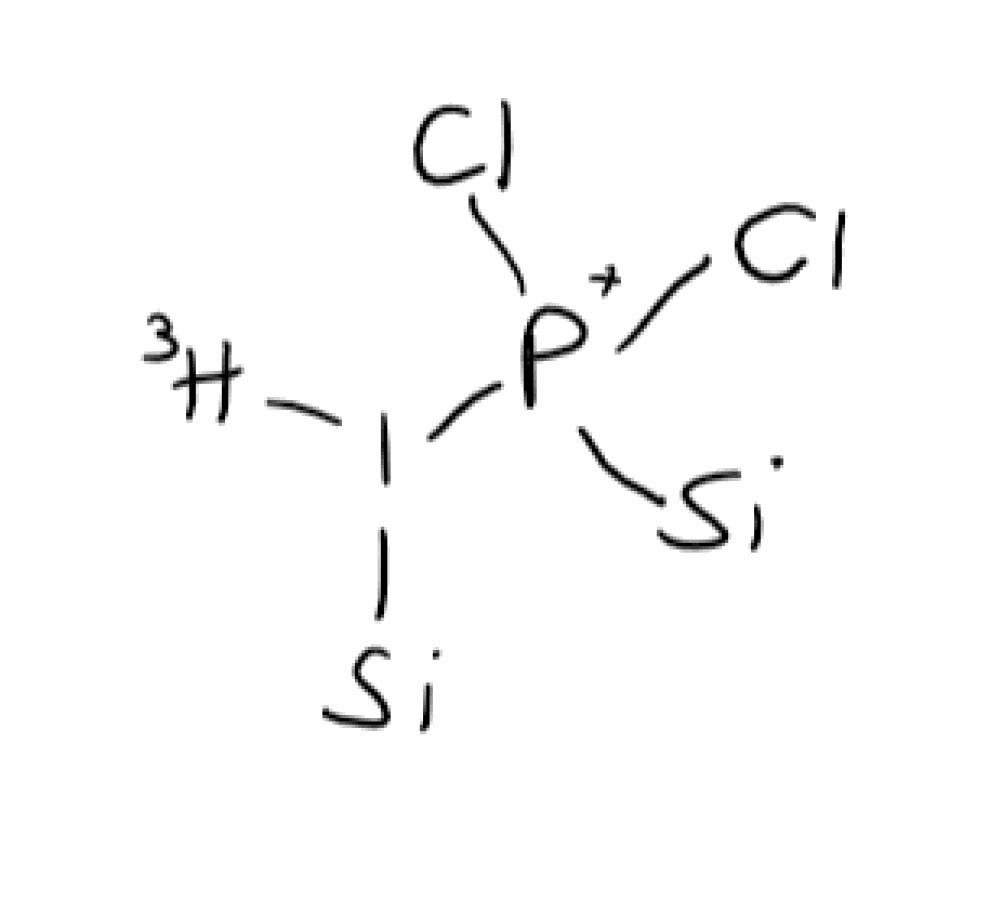
Simplified molecular-input line-entry system (SMILES) notation of the given molecule:
[3H]I([Si])[P+]([Si])(Cl)Cl